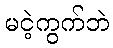
မငဲ့ကွက်ဘဲ